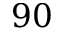
9 0